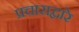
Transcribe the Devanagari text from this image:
प्रचाराद्वारे